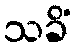
သခိံ